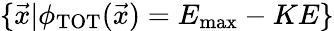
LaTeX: \{ \vec{x}|\phi_{\textrm{TOT}}(\vec{x})=E_{\textrm{max}}-KE\}